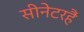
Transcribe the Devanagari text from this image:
सीनेटरहैं